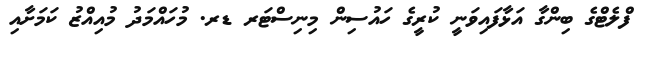
ފްލެޓްގެ ބިންގާ އަޅާފައިވަނީ ކުރީގެ ހައުސިން މިނިސްޓަރ ޑރ. މުހައްމަދު މުއިއްޒު ކަމަށާއި